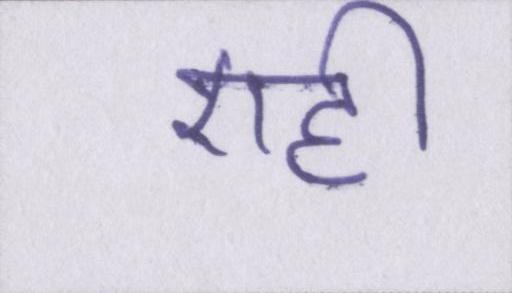
एही